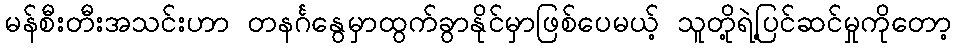
မန်စီးတီးအသင်းဟာ တနင်္ဂနွေမှာထွက်ခွာနိုင်မှာဖြစ်ပေမယ့် သူတို့ရဲ့ပြင်ဆင်မှုကိုတော့